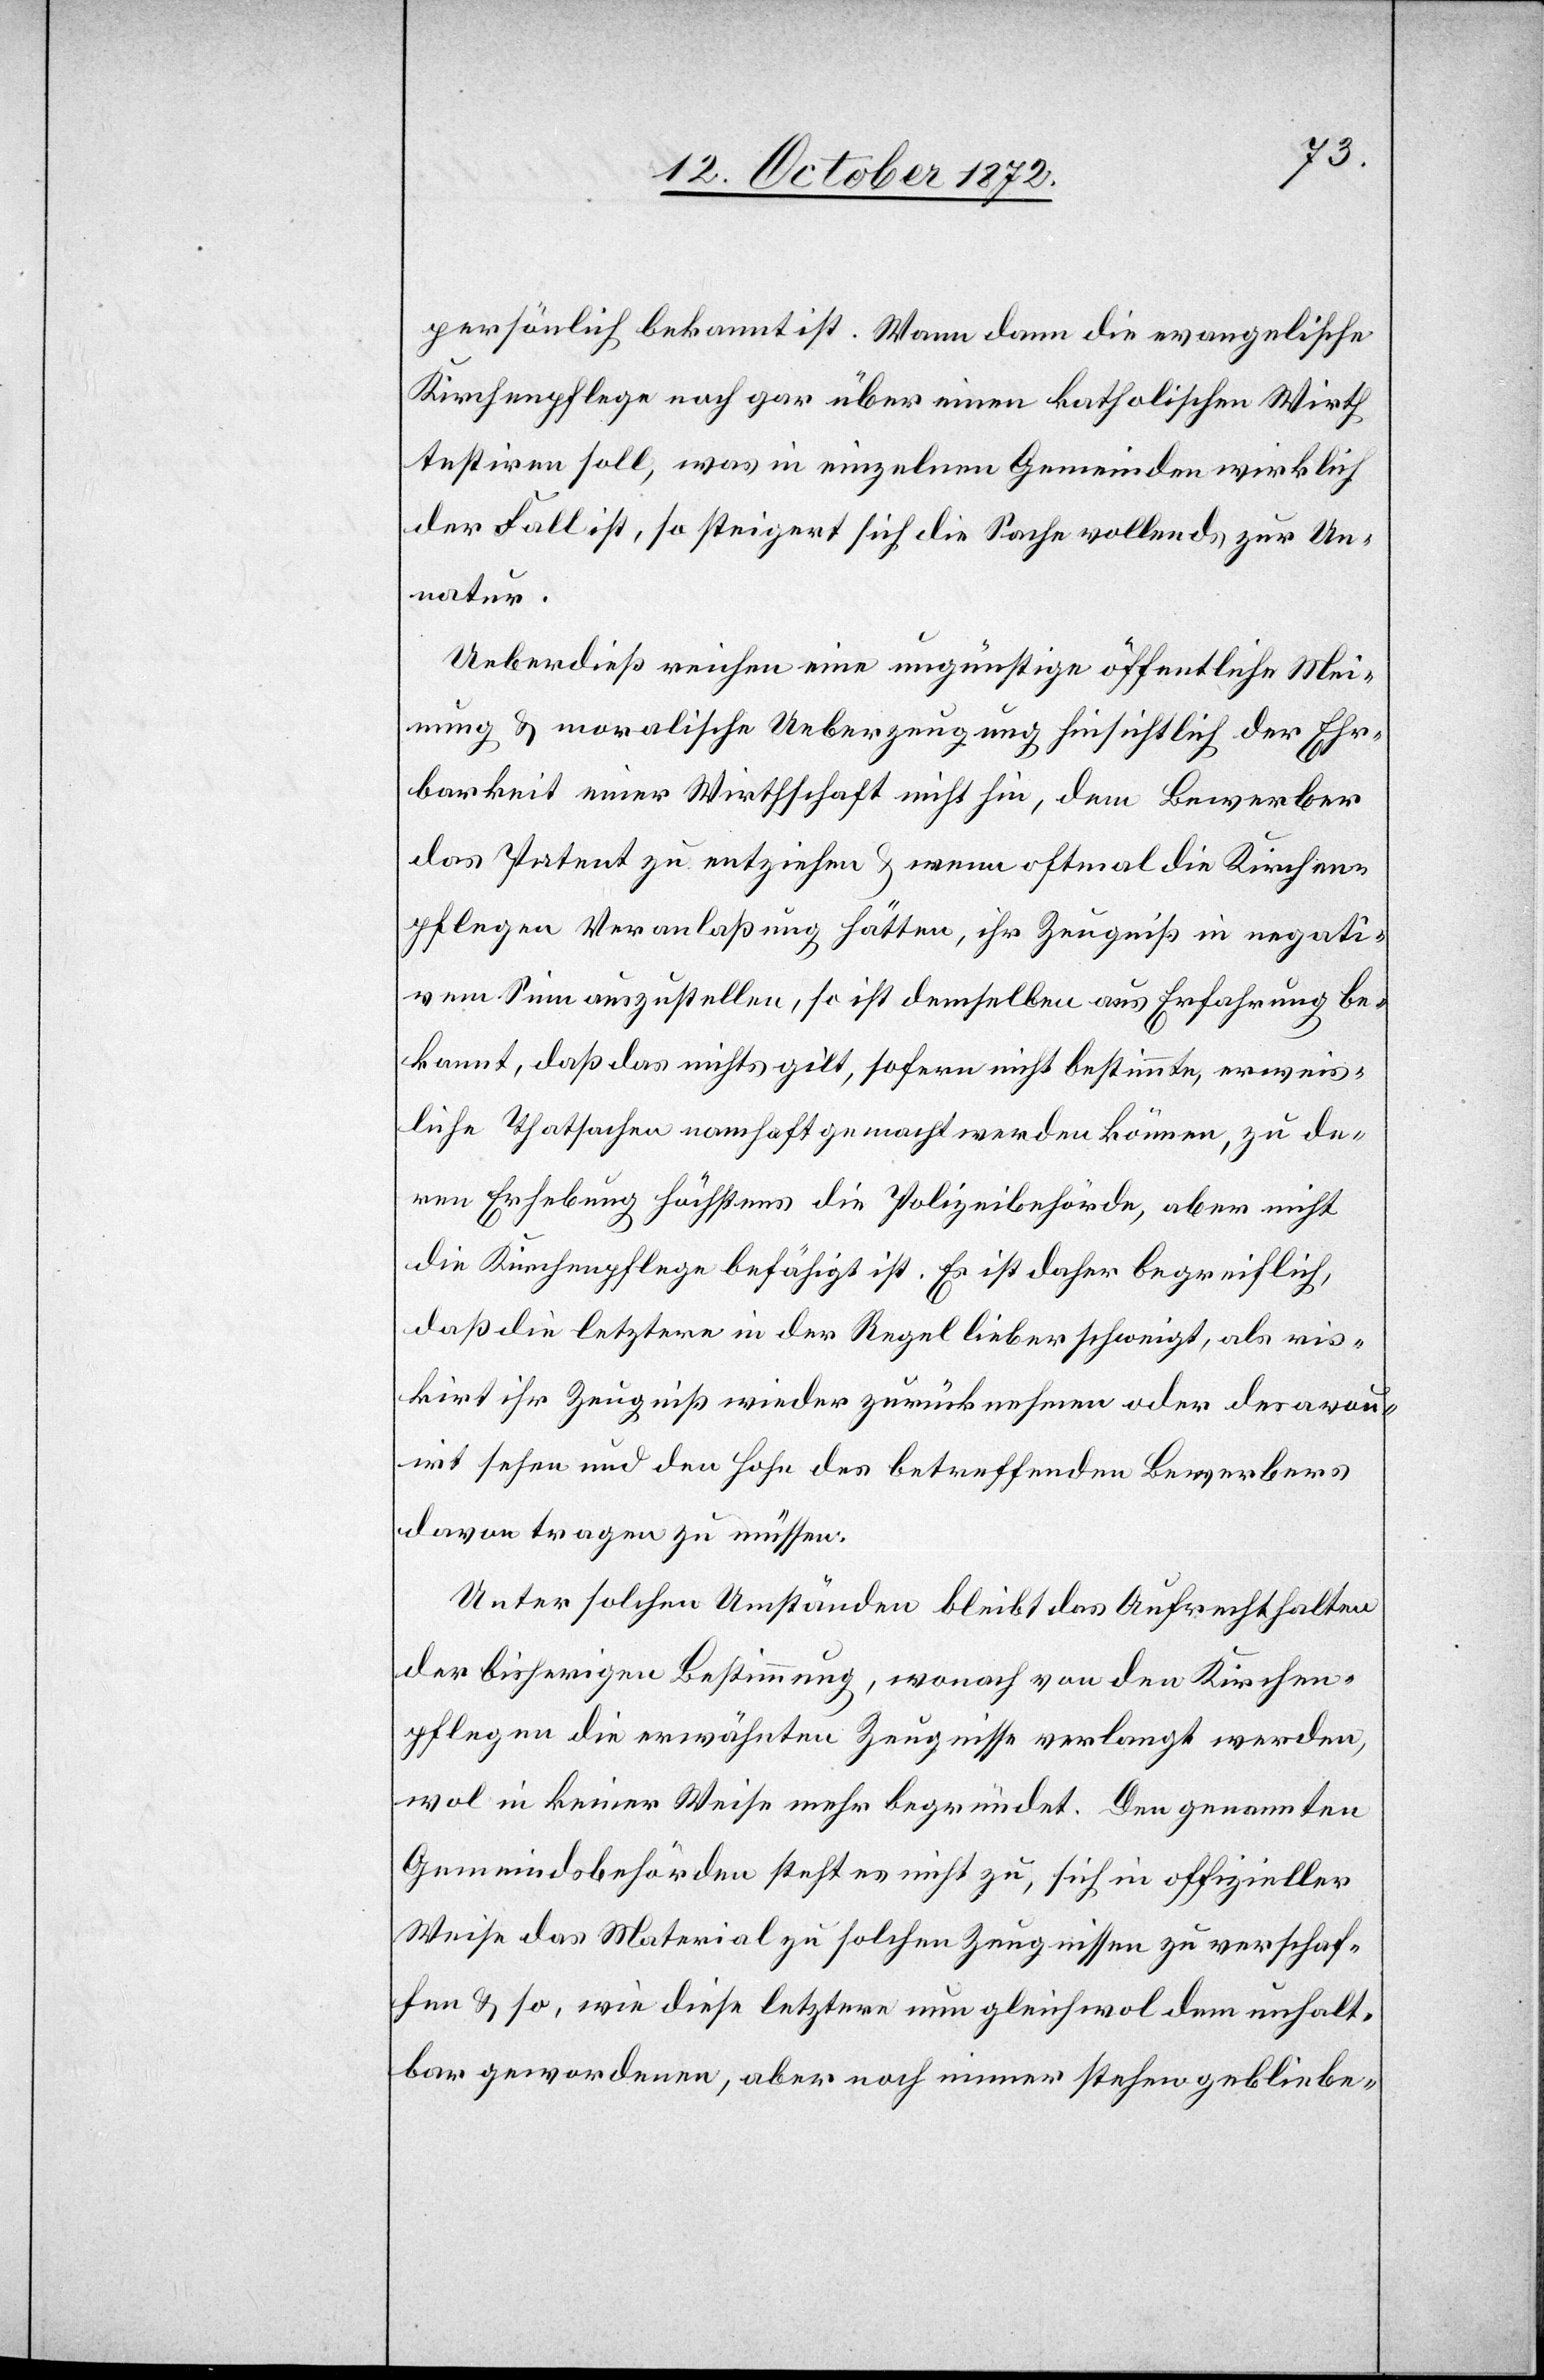
persönlich bekannt ist. Wann dann die evangelische
Kirchenpflege noch gar über einen katholischen Wirth
testiren soll, was in einzelnen Gemeinden wirklich
der Fall ist, so steigert sich die Sache vollends zur Un¬
natur.
Ueberdieß reichen eine ungünstige öffentliche Mei¬
nung u. moralische Ueberzeugung hinsichtlich der Ehr¬
barkeit einer Wirthschaft nicht hin, dem Bewerber
das Patent zu entziehen u. wenn oftmal die Kirchen¬
pflegen Veranlaßung hätten, ihr Zeugniß in negati¬
vem Sinn auszustellen, so ist demselben aus Erfahrung be¬
kannt, daß das nichts gilt, sofern nicht bestimmte, erweis¬
liche Thatsachen namhaft gemacht werden können, zu de¬
ren Erhebung höchstens die Polizeibehörde, aber nicht
die Kirchenpflege befähigt ist. Es ist daher begreiflich,
daß die letztere in der Regel lieber schweigt, als ris¬
kirt ihr Zeugniß wieder zurücknehmen oder desavou¬
irt sehen und den Hohn des betreffenden Bewerbers
davon tragen zu müssen.
Unter solchen Umständen bleibt das Aufrechthalten
der bisherigen Bestimmung, wonach von den Kirchen¬
pflegen die erwähnten Zeugnisse verlangt werden,
wol in keiner Weise mehr begründet. Den genannten
Gemeindsbehörden steht es nicht zu, sich in offizieller
Weise das Material zu solchen Zeugnissen zu verschaf¬
fen u. so, wie diese letztere nun gleichwol dem unhalt¬
bar gewordenen, aber noch immer stehen gebliebe-